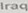
Iraq